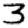
Digit: 3